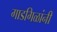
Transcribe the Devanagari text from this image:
गाडगिळांनी